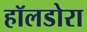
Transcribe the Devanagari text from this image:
हॉलडोरा